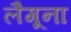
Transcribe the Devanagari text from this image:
लैगूना